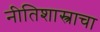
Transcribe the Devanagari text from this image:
नीतिशास्त्राचा